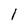
Character: l